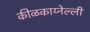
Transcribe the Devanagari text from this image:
कीळकाय्नेल्ली